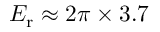
E _ { \mathrm { { r } } } \approx 2 \pi \times 3 . 7